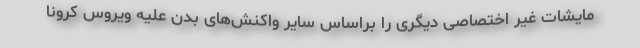
مایشات غیر اختصاصی دیگری را براساس سایر واکنش‌های بدن علیه ویروس کرونا